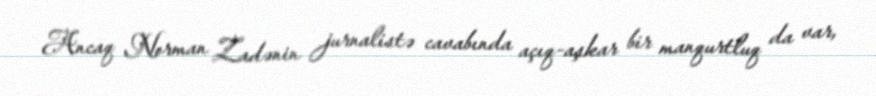
Ancaq Norman Zadənin jurnalistə cavabında açıq-aşkar bir manqurtluq da var,